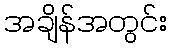
အချိန်အတွင်း